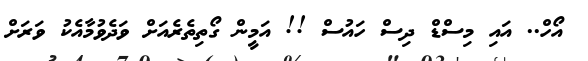
އޯހް.. އައި މިސްޑް ދިސް ހައުސް !! އަމީން ގޯތިތެރެއަށް ވަދެވުމާއެކު ވަރަށް